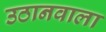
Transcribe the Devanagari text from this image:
उठानवाला